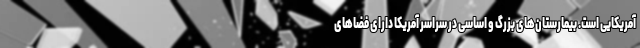
آمریکایی است. بیمارستان‌های بزرگ و اساسی در سراسر آمریکا دارای فضاهای